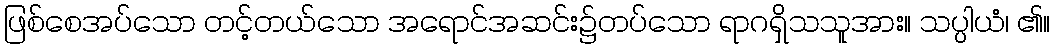
ဖြစ်စေအပ်သော တင့်တယ်သော အရောင်အဆင်း၌တပ်သော ရာဂရှိသသူအား။ သပ္ပါယံ၊ ၏။